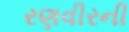
રણવીરની